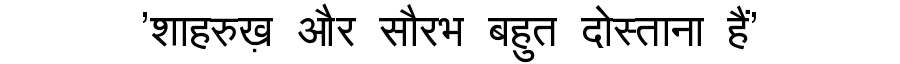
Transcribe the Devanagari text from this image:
'शाहरुख़ और सौरभ बहुत दोस्ताना हैं'